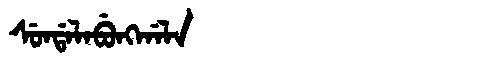
Manchu: ᠰᡠᠨᡩᠠᠯᠠᠪᡠᠩᡤᠠᠯᠠ
Romanization: SUNDALABUNGGALA